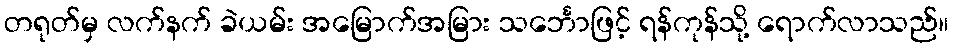
တရုတ်မှ လက်နက် ခဲယမ်း အမြောက်အမြား သင်္ဘောဖြင့် ရန်ကုန်သို့ ရောက်လာသည်။